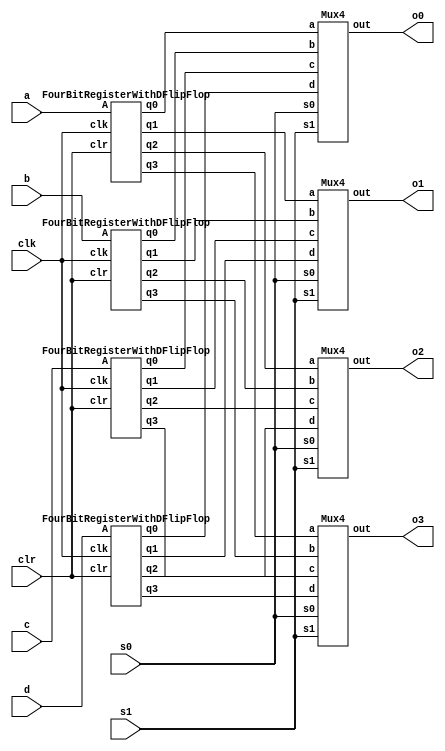
`timescale 1ns / 1ps
//////////////////////////////////////////////////////////////////////////////////
// Company: 
// Engineer: 
// 
// Design Name: 
// Module Name:    Bus 
// Project Name: 
// Target Devices: 
// Tool versions: 
// Description: 
//
// Dependencies: 
//
// Revision: 
// Revision 0.01 - File Created
// Additional Comments: 
//
//////////////////////////////////////////////////////////////////////////////////

module Bus(
input s0,s1,
input [3:0] a,
input [3:0] b,
input [3:0] c,
input [3:0] d,
input clr,clk,
output o0,o1,o2,o3
    );
	 
wire [0:3] W,X,Y,Z;	 
	 
FourBitRegisterWithDFlipFlop	re0(a,clk,clr,W[0],W[1],W[2],W[3]);
FourBitRegisterWithDFlipFlop	re1(b,clk,clr,X[0],X[1],X[2],X[3]);
FourBitRegisterWithDFlipFlop	re2(c,clk,clr,Y[0],Y[1],Y[2],Y[3]);
FourBitRegisterWithDFlipFlop	re3(d,clk,clr,Z[0],Z[1],Z[2],Z[3]);
	 
Mux4 m0(W[3],X[3],Y[3],Z[3],s0,s1,o3);
Mux4 m1(W[2],X[2],Y[2],Z[2],s0,s1,o2);
Mux4 m2(W[1],X[1],Y[1],Z[1],s0,s1,o1);
Mux4 m3(W[0],X[0],Y[0],Z[0],s0,s1,o0);


endmodule




module Mux4(
input a, 
input b, 
input c, 
input d, 
input s0, s1,
output out); 

assign out = s1 ? (s0 ? d : c) : (s0 ? b : a); 

endmodule







module FourBitRegisterWithDFlipFlop(A,clk,clr,q0,q1,q2,q3);
input [0:3] A;
input clk;
input clr;
output wire q0,q1,q2,q3;

dff df0(clr,clk,A[0],q0);
dff df1(clr,clk,A[1],q1);
dff df2(clr,clk,A[2],q2);
dff df3(clr,clk,A[3],q3);

endmodule




module dff(clr_n,clk,d,q);
input clr_n, clk, d;
output reg q;

always @(negedge clk, negedge clr_n)
begin 
	if(~clr_n)
	q<= 0;
	else 
	q<= d;
	end
endmodule